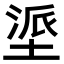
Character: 𫮏